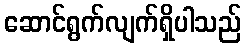
ဆောင်ရွက်လျက်ရှိပါသည်